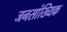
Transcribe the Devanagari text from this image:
जनसांख्यिक